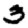
Digit: 3